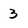
Character: 3